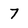
Character: 7